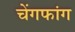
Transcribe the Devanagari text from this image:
चेंगफांग